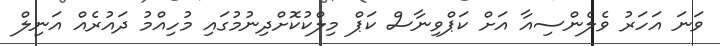
ވަނަ އަހަރު ވެލެންސިއާ އަށް ކަޕްވިނާސް ކަޕް މިލްކުކޮށްދިނުމުގައި މުހިއްމު ދައުރެއް އަނިލް